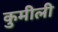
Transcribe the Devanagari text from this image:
कुमीली